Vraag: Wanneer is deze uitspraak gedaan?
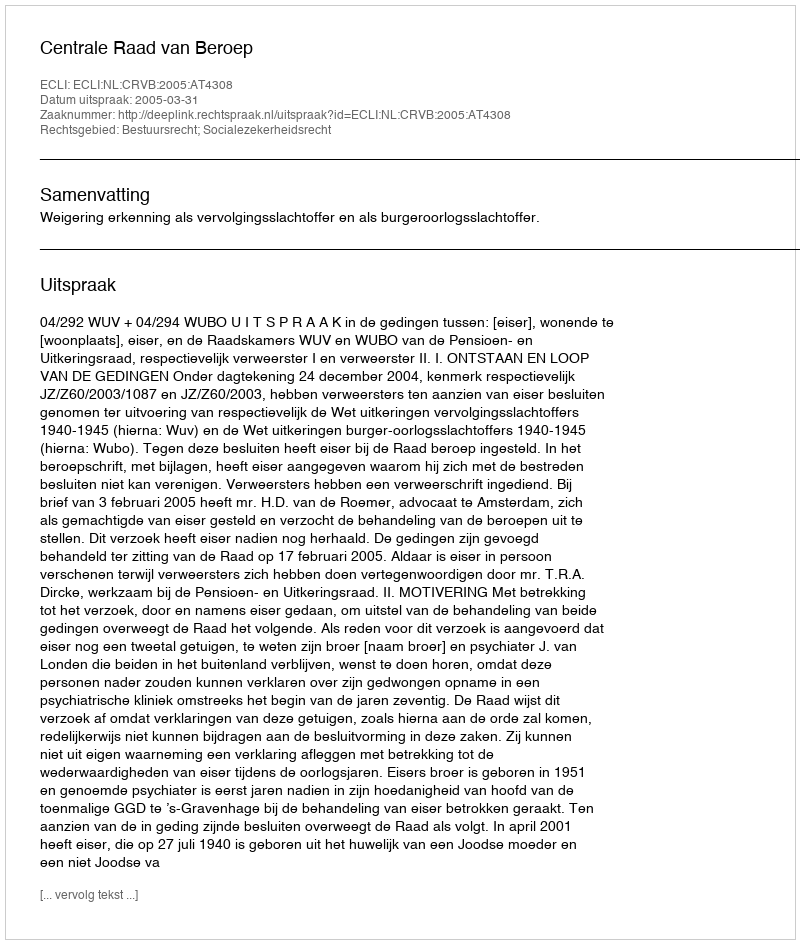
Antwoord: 2005-03-31